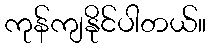
ကုန်ကျနိုင်ပါတယ်။